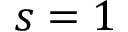
s = 1